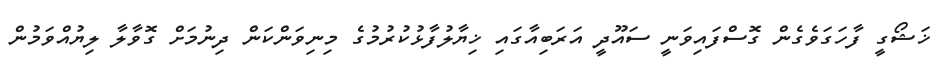
ޚަޝޯގީ ފާހަގަވެގެން ގޮސްފައިވަނީ ސައޫދީ އަރަބިއާގައި ޚިޔާލުފާޅުކުރުމުގެ މިނިވަންކަން ދިނުމަށް ގޮވާލާ ލިޔުއްވަމުން